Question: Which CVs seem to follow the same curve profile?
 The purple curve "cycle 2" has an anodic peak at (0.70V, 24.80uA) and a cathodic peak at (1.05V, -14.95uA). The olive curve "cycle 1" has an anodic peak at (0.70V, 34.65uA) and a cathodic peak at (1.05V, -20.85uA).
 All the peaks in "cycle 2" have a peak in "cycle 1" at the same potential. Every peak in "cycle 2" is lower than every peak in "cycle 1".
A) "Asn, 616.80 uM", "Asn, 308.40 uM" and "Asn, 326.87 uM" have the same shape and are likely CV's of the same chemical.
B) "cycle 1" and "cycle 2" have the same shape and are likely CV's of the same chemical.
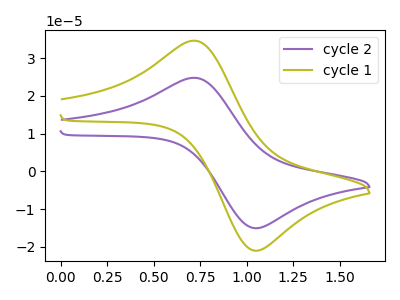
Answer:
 <answer>B) "cycle 1" and "cycle 2" have the same shape and are likely CV's of the same chemical.</answer>
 <eval>B</eval>